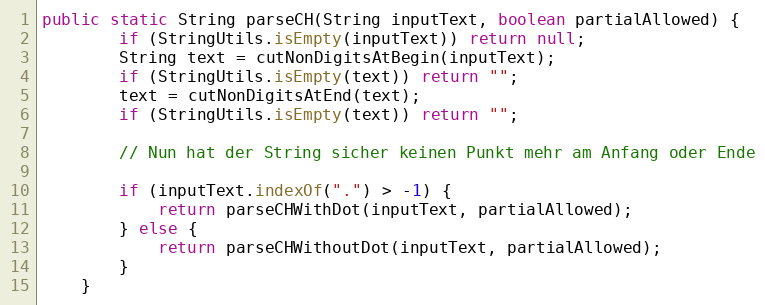
Language: Java
public static String parseCH(String inputText, boolean partialAllowed) {
		if (StringUtils.isEmpty(inputText)) return null;
		String text = cutNonDigitsAtBegin(inputText);
		if (StringUtils.isEmpty(text)) return "";
		text = cutNonDigitsAtEnd(text);
		if (StringUtils.isEmpty(text)) return "";

		// Nun hat der String sicher keinen Punkt mehr am Anfang oder Ende

		if (inputText.indexOf(".") > -1) {
			return parseCHWithDot(inputText, partialAllowed);
		} else {
			return parseCHWithoutDot(inputText, partialAllowed);
		}
	}